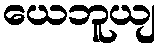
ယေဘူယျ